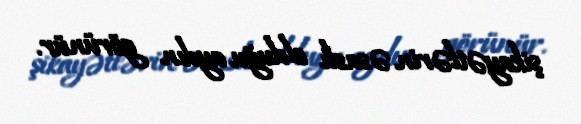
şikayətlərin əsaslı olduğu aydın görünür.